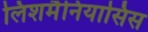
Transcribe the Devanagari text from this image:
लिशमैनियासिस